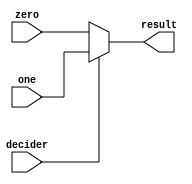
//2bit-multiplexer 2 to 1
module twoBitMultiplexer2to1(zero, one, decider, result);
  input [1:0] zero;  
  input [1:0] one;
  output [1:0] result; 
  input decider;

  assign result = decider ? one : zero;
endmodule